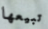
تبيعها